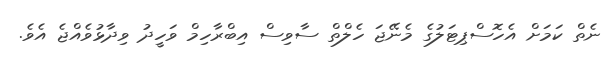
ނެތް ކަމަށް އެހޮސްޕިޓަލުގެ މެނޭޖަ ހެލްތް ސާވިސް އިބްރާހިމް ވަހީދު ވިދާޅުވެއްޖެ އެވެ.